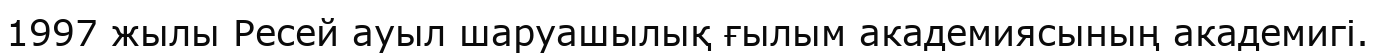
1997 жылы Ресей ауыл шаруашылық ғылым академиясының академигі.